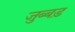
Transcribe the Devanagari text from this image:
जुब्बड़